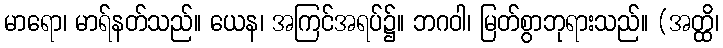
မာရော၊ မာရ်နတ်သည်။ ယေန၊ အကြင်အရပ်၌။ ဘဂဝါ၊ မြတ်စွာဘုရားသည်။ (အတ္ထိ၊